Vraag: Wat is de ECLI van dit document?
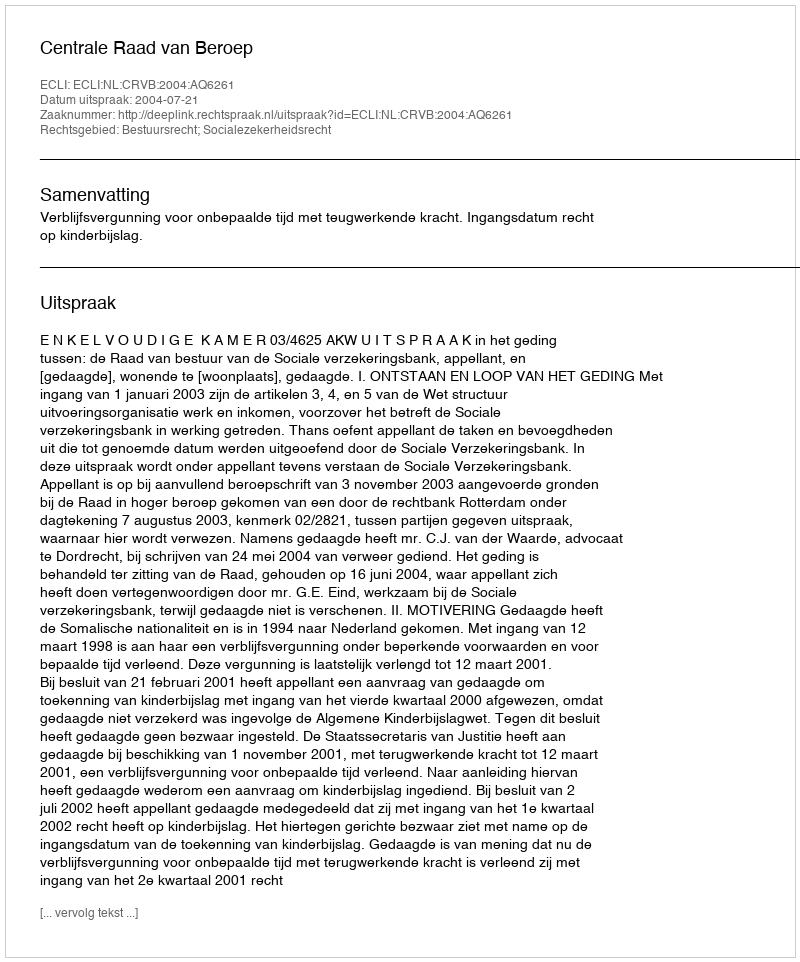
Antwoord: ECLI:NL:CRVB:2004:AQ6261